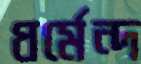
ধর্মেন্দ